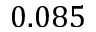
0 . 0 8 5